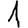
Digit: 1